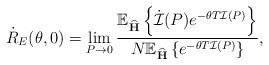
LaTeX: \begin{align*}\begin{aligned}\dot{R}_{E}(\theta,0)& =\lim_{P\to0}\frac{\mathbb{E}_{\widehat{\mathbf{H}}} \left\{\dot{\mathcal{I}}(P)e^{-\theta T\mathcal{I}(P)}\right\}}{N\mathbb{E}_{\widehat{\mathbf{H}}} \left\{e^{-\theta T\mathcal{I}(P)}\right\}},\end{aligned}\end{align*}